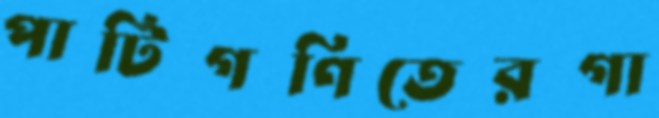
পাটিগণিতেরগা